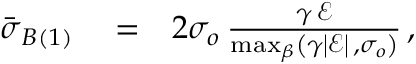
\begin{array} { r l r } { \bar { \boldsymbol { \sigma } } _ { B ( 1 ) } } & { { } = } & { 2 \sigma _ { o } \, \frac { \gamma \, \mathcal { E } } { \operatorname* { m a x } _ { \beta } \left( \gamma \left| \mathcal { E } \right| \, , \sigma _ { o } \right) } \, , } \end{array}